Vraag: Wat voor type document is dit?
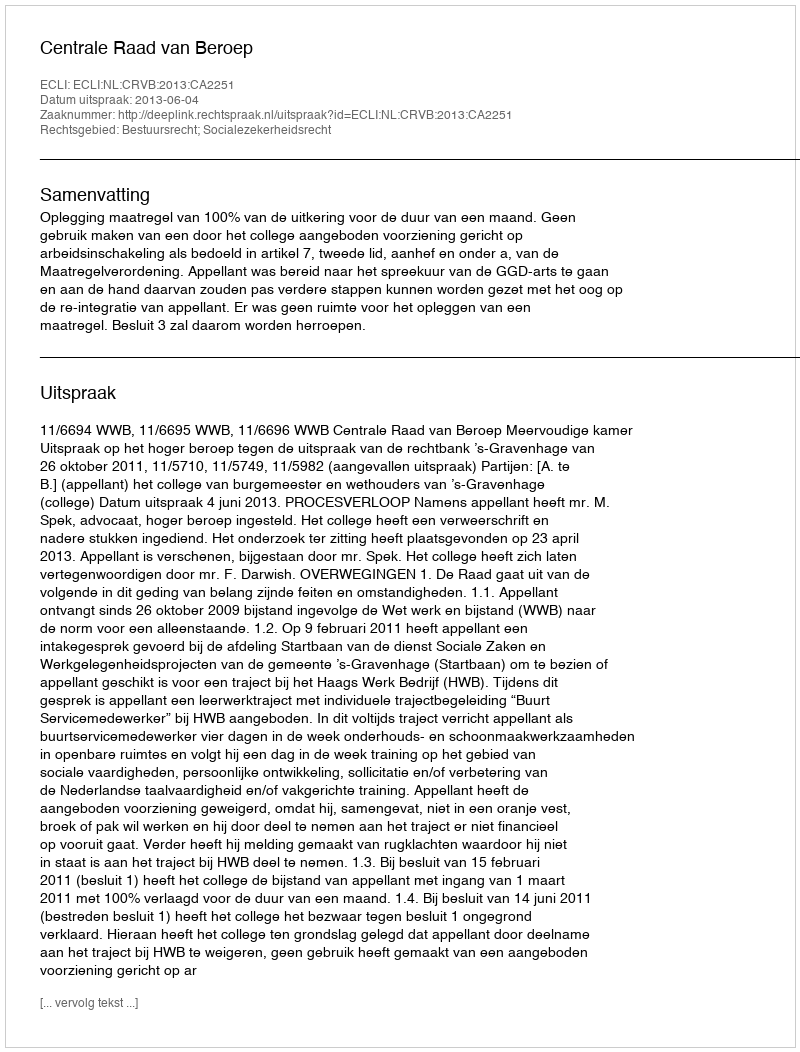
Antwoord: Uitspraak